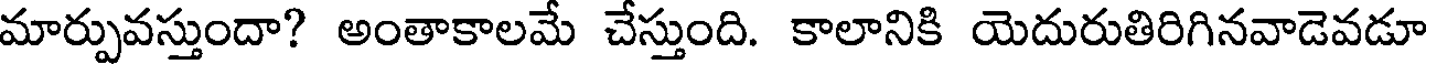
మార్పువస్తుందా? అంతాకాలమే చేస్తుంది. కాలానికి యెదురుతిరిగినవాడెవడూ